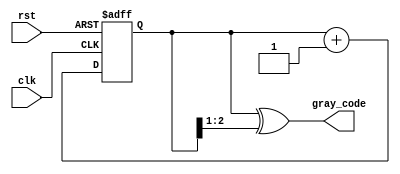
module gray_code_counter #(
    parameter WIDTH = 3  // Parameter for the width of the counter
)(
    input wire clk,      // Clock signal
    input wire rst,      // Asynchronous reset signal
    output reg [WIDTH-1:0] gray_code  // Output for the Gray Code value
);

    reg [WIDTH-1:0] binary_count;  // Register to hold the binary count

    // Always block for counting
    always @(posedge clk or posedge rst) begin
        if (rst) begin
            binary_count <= 0;  // Reset binary count to 0
        end else begin
            binary_count <= binary_count + 1;  // Increment binary count
        end
    end

    // Combinational block to convert binary count to Gray code
    always @(*) begin
        gray_code = binary_count ^ (binary_count >> 1);  // Binary to Gray Code conversion
    end

endmodule